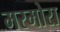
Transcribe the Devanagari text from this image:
मरमोरा